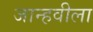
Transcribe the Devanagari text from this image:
जान्हवीला